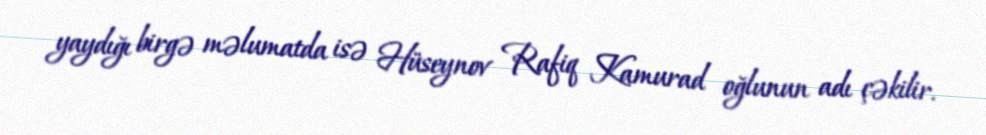
yaydığı birgə məlumatda isə Hüseynov Rafiq Kamurad oğlunun adı çəkilir.